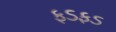
ફડફડ